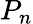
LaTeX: P_{n}